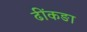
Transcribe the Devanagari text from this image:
ढींकङा